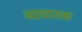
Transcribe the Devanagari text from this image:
व्याघातक